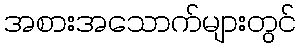
အစားအသောက်များတွင်